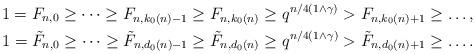
LaTeX: \begin{align*}1=F_{n,0}\geq \dots \geq F_{n,k_0(n)-1}\geq F_{n,k_0(n)} \geq q^{n/4(1\wedge \gamma)} >F_{n,k_0(n)+1}\geq \ldots, \\1=\tilde{F}_{n,0}\geq \dots \geq \tilde{F}_{n,d_0(n)-1}\geq \tilde{F}_{n,d_0(n)} \geq q^{n/4(1\wedge\gamma)} > \tilde{F}_{n,d_0(n)+1}\geq \ldots.\end{align*}